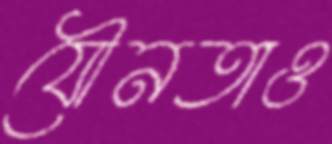
যৌনতাও